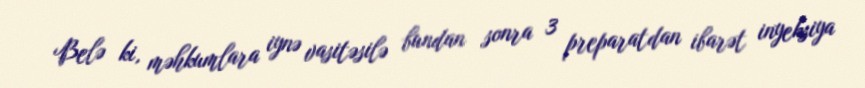
Belə ki, məhkumlara iynə vasitəsilə bundan sonra 3 preparatdan ibarət inyeksiya